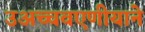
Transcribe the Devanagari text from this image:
उअच्चवएणीयाने